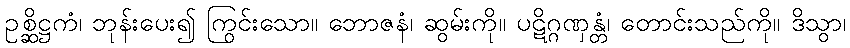
ဥစ္ဆိဋ္ဌကံ၊ ဘုန်းပေး၍ ကြွင်းသော။ ဘောဇနံ၊ ဆွမ်းကို။ ပဋိဂ္ဂဏှန္တံ၊ တောင်းသည်ကို။ ဒိသွာ၊